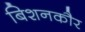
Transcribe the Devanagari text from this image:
बिशनकौर